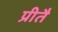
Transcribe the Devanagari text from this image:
प्रीतै